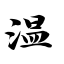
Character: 温